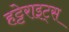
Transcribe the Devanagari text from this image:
हट्टेराइट्स